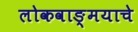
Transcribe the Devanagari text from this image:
लोकवाङ्मयाचे